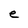
Character: e